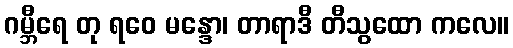
ဂမ္ဘီရေ တု ရဝေ မန္ဒော၊ တာရာဒီ တီသွထော ကလေ။